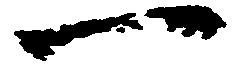
一